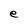
Character: e